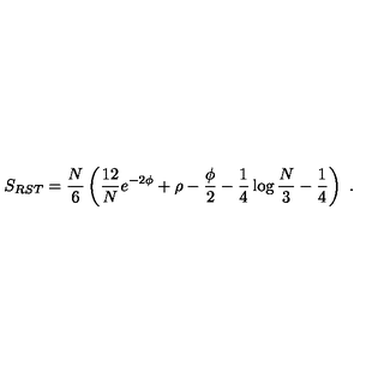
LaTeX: S _ { R S T } = { \frac { N } { 6 } } \left( { \frac { 1 2 } { N } } e ^ { - 2 \phi } + \rho - { \frac { \phi } { 2 } } - { \frac { 1 } { 4 } } \log { \frac { N } { 3 } } - { \frac { 1 } { 4 } } \right) \ .